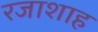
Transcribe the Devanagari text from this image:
रजाशाह